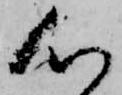
心